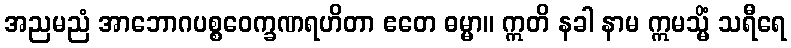
အညမညံ အာဘောဂပစ္စဝေက္ခဏရဟိတာ ဧတေ ဓမ္မာ။ ဣတိ နခါ နာမ ဣမသ္မိံ သရီရေ